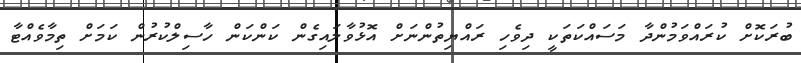
ބުރަކޮށް ކުރައްވަމުންދާ މަސައްކަތަކީ ދިވެހި ރައްޔިތުންނަށް އޮޅުވާލައިގެން ކަންކަން ހާސިލްކުރުން ކަމަށް ތިމާވެއްޓާ